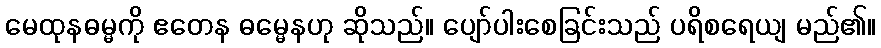
မေထုနဓမ္မကို ဧတေန ဓမ္မေနဟု ဆိုသည်။ ပျော်ပါးစေခြင်းသည် ပရိစရေယျ မည်၏။